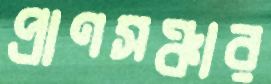
প্রাণসঞ্চার